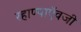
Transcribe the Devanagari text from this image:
रहाण्याऍवजी